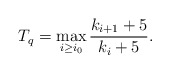
\begin{align*} T_q=\max_{i\geq i_0}\frac{k_{i+1}+5}{k_{i}+5}.\end{align*}